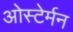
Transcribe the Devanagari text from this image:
ओस्टेर्मन